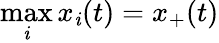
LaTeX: \operatorname*{max}_{\mathit{i}}x_{\mathit{i}}(t)=x_{+}(t)